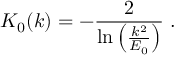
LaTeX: K _ { 0 } ( k ) = - \frac { 2 } { \mathrm { l n } \left( \frac { k ^ { 2 } } { E _ { 0 } } \right) } \; .